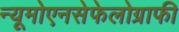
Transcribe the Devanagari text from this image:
न्यूमोएनसेफेलोग्राफी